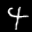
Label: 4